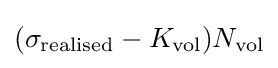
(\sigma _{\text{realised}}-K_{\text{vol}})N_{\text{vol}}